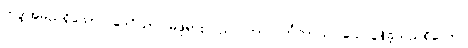
ဘဒ္ဒါအမည်ရှိသော။ ဒေဝိယာ၊ မိဖုရားသည်။ ကာလင်္ကတာယ၊ သေလွန်ခဲ့သည်ရှိသော်။